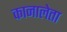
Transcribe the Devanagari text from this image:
कानालेता